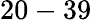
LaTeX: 20-39